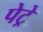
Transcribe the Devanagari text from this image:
पेट्रे